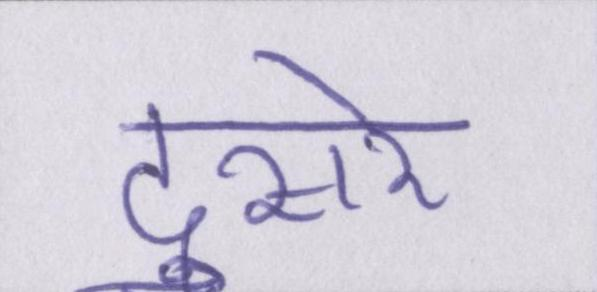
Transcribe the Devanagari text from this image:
दुसरे